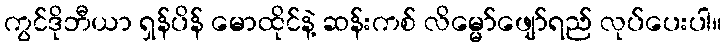
ကွင်ဒိုဘီယာ ရှန်ပိန် မောထိုင်နဲ့ ဆန်းကစ် လိမ္မော်ဖျော်ရည် လုပ်ပေးပါ။